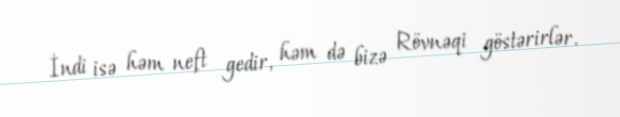
İndi isə həm neft gedir, həm də bizə Rövnəqi göstərirlər.